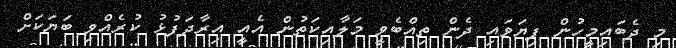
މި ދެބައިމީހުން ފިޔަވައި ދެން ތިއްބެވީ މަލާއިކަތުން އެއީ އިރާދަފުޅު ކުރެއްވި ބަޔަކަށް